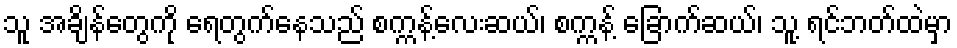
သူ အချိန်တွေကို ရေတွက်နေသည် စက္ကန့်လေးဆယ်၊ စက္ကန့် ခြောက်ဆယ်၊ သူ့ ရင်ဘတ်ထဲမှာ